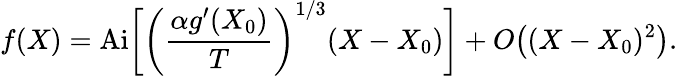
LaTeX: f(X)=\mathrm{Ai}\bigg[\left(\frac{\alpha g^{\prime}(X_{0})}{T}\right)^{1/3}(X-X_{0})\bigg]+O\big((X-X_{0})^{2}\big).